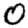
Digit: 0